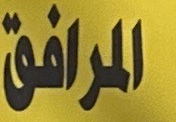
المرافق